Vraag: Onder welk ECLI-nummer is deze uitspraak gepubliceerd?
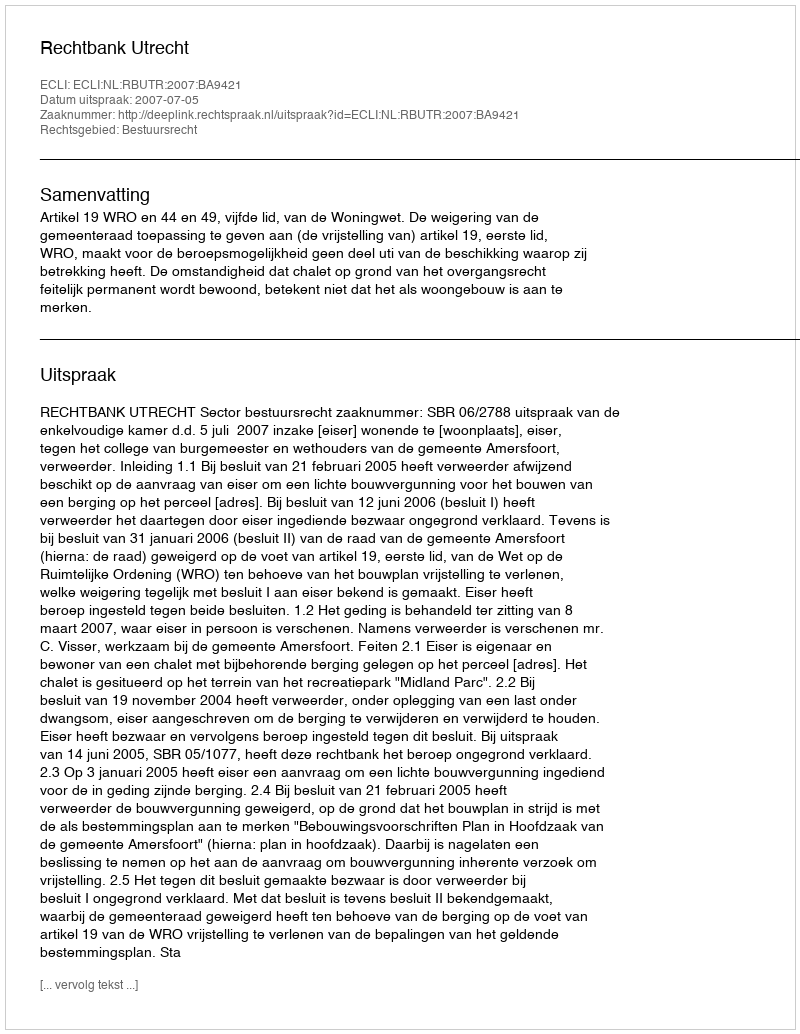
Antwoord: ECLI:NL:RBUTR:2007:BA9421